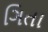
ગિતા